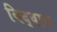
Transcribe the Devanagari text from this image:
विद्‌वान